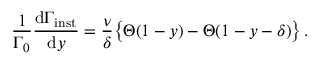
{ \frac { 1 } { \Gamma _ { 0 } } } { \frac { \mathrm { d } \Gamma _ { \mathrm { i n s t } } } { \mathrm { d } y } } = { \frac { \nu } { \delta } } \big \{ \Theta ( 1 - y ) - \Theta ( 1 - y - \delta ) \big \} \, .